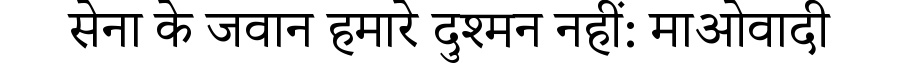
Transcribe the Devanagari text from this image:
सेना के जवान हमारे दुश्मन नहीं: माओवादी